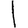
Digit: 1